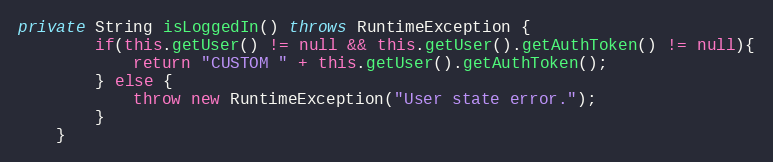
Language: Java
private String isLoggedIn() throws RuntimeException {
        if(this.getUser() != null && this.getUser().getAuthToken() != null){
            return "CUSTOM " + this.getUser().getAuthToken();
        } else {
            throw new RuntimeException("User state error.");
        }
    }